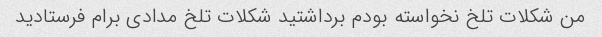
من شکلات تلخ نخواسته بودم برداشتید شکلات تلخ مدادی برام فرستادید